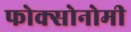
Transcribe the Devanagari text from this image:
फोक्सोनोमी